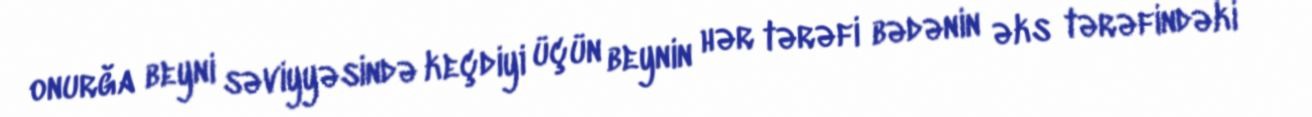
onurğa beyni səviyyəsində keçdiyi üçün beynin hər tərəfi bədənin əks tərəfindəki